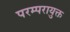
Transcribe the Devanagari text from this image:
परम्परायुक्त